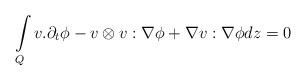
LaTeX: \begin{align*}\int\limits_{Q} v.\partial_{t}\phi- v\otimes v:\nabla \phi+\nabla v:\nabla \phi dz=0\end{align*}